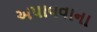
અપાવવાના